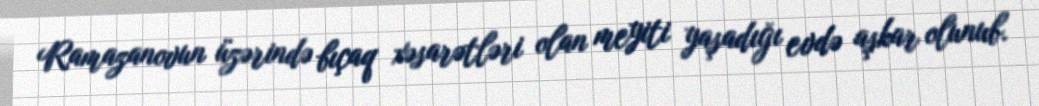
Ramazanovun üzərində bıçaq xəsarətləri olan meyiti yaşadığı evdə aşkar olunub.